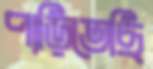
পাড়িতেছি